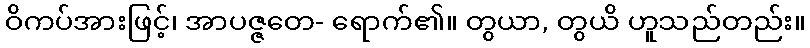
ဝိကပ်အားဖြင့်၊ အာပဇ္ဇတေ- ရောက်၏။ တွယာ, တွယိ ဟူသည်တည်း။